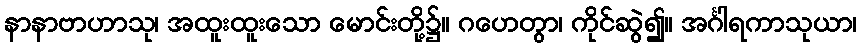
နာနာဗာဟာသု၊ အထူးထူးသော မောင်းတို့၌။ ဂဟေတွာ၊ ကိုင်ဆွဲ၍။ အင်္ဂါရကာသုယာ၊